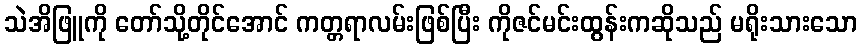
သဲအိဖြူကို တော်သို့တိုင်အောင် ကတ္တရာလမ်းဖြစ်ပြီး ကိုဇင်မင်းထွန်းကဆိုသည် မရိုးသားသော